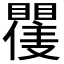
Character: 𭿪